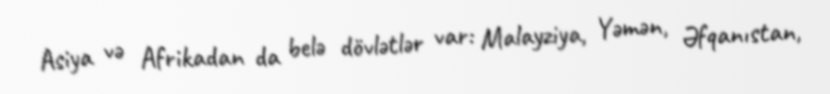
Asiya və Afrikadan da belə dövlətlər var: Malayziya, Yəmən, Əfqanıstan,